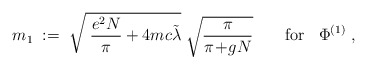
\begin{align*}m_1 \; := \; \sqrt{ \; \frac{e^2 N}{\pi} + 4 mc \tilde{\lambda} } \; \sqrt{ \frac{\pi}{\pi\!+\!gN}} \; \; \; \; \; \; \; \mbox{for} \; \; \; \Phi^{(1)} \; ,\end{align*}